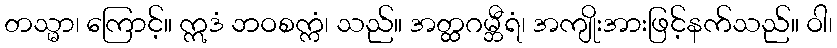
တသ္မာ၊ ကြောင့်။ ဣဒံ ဘဝစက္ကံ၊ သည်။ အတ္ထဂမ္ဘီရံ၊ အကျိုးအားဖြင့်နက်သည်။ ဝါ၊